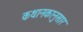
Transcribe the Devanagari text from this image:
कथानकानुसार